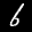
Label: 6